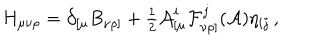
LaTeX: H _ { \mu \nu \rho } = \partial _ { [ \mu } B _ { \nu \rho ] } + { \textstyle \frac { 1 } { 2 } } { \cal A } _ { [ \mu } ^ { i } { \cal F } _ { \nu \rho ] } ^ { j } ( { \cal A } ) \eta _ { i j } \, ,